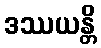
ဒဿယန္တိ